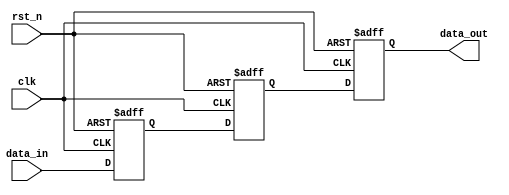
module MetaStabilityFilter (
    input wire clk,          // Clock signal
    input wire rst_n,       // Active low reset signal
    input wire data_in,     // Asynchronous input signal
    output reg data_out     // Synchronized output signal
);

    // Internal signals for the double flip-flop synchronizer
    reg ff1, ff2;

    // Asynchronous reset and double flip-flop synchronization
    always @(posedge clk or negedge rst_n) begin
        if (!rst_n) begin
            ff1 <= 1'b0;      // Reset first flip-flop
            ff2 <= 1'b0;      // Reset second flip-flop
            data_out <= 1'b0; // Reset output
        end else begin
            ff1 <= data_in;   // Sample data_in in first flip-flop
            ff2 <= ff1;       // Sample ff1 in second flip-flop
            data_out <= ff2;  // Output the second flip-flop's output
        end
    end

endmodule